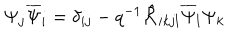
LaTeX: \Psi _ { j } \overline { { { \Psi } } } _ { i } = \delta _ { i j } - q ^ { - 1 } \hat { { \cal R } } _ { i k j l } \overline { { { \Psi } } } _ { l } \Psi _ { k }